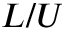
L / U